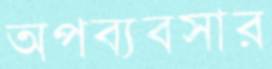
অপব্যবসার